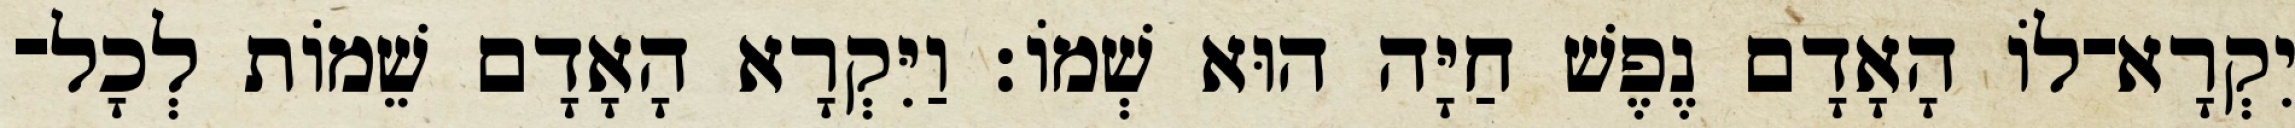
יִקְרָא־לֹו הָאָדָם נֶפֶשׁ חַיָּה הוּא שְׁמֹו׃ וַיִּקְרָא הָאָדָם שֵׁמֹות לְכָל־